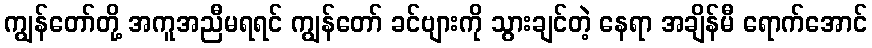
ကျွန်တော်တို့ အကူအညီမရရင် ကျွန်တော် ခင်ဗျားကို သွားချင်တဲ့ နေရာ အချိန်မီ ရောက်အောင်